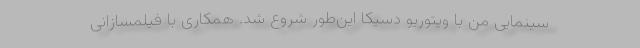
سینمایی من با ویتوریو دسیکا این‌طور شروع شد. همکاری با فیلمسازانی